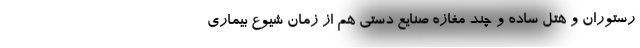
رستوران و هتل ساده و چند مغازه‌ صنايع دستي هم از زمان شيوع بيماري